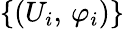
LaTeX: \left\{ \left(U_{i},\, \varphi_{i}\right)\right\}